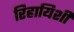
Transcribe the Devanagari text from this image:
रिहायिशी